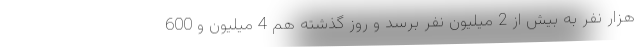
هزار نفر به بیش از 2 میلیون نفر برسد و روز گذشته هم 4 میلیون و 600